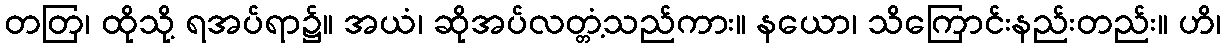
တတြ၊ ထိုသို့ ရအပ်ရာ၌။ အယံ၊ ဆိုအပ်လတ္တံ့သည်ကား။ နယော၊ သိကြောင်းနည်းတည်း။ ဟိ၊